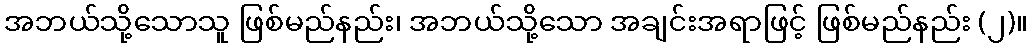
အဘယ်သို့သောသူ ဖြစ်မည်နည်း၊ အဘယ်သို့သော အချင်းအရာဖြင့် ဖြစ်မည်နည်း (၂)။